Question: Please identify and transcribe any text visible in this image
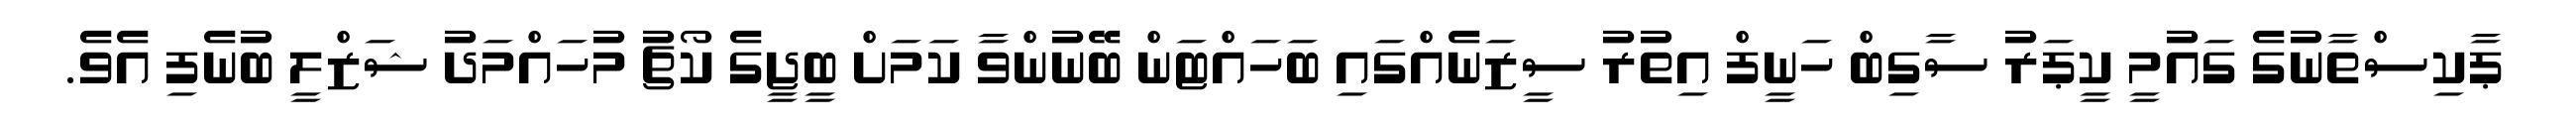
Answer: ޕާކިސްތާނުގެ ގައުމީ ކީޕަރު ސާގިބް ހަނީފް އިތުރު ސީޒަނެއްގައި ބަހައްޓަން ބޭނުންވާ ކަމަށް ބީޖީގެ ކޯޗު މުހައްމަދު ޝަޒްލީ ބުނެފި އެވެ.